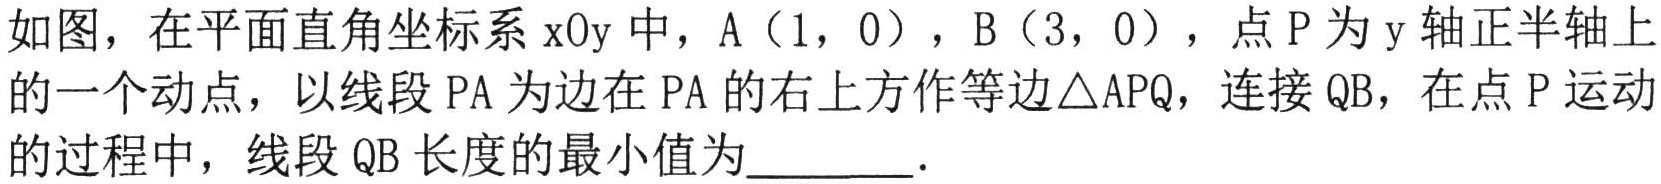
如图，在平面直角坐标系\(xOy\)中，\(A(1,0)\)，\(B(3,0)\)，点\(P\)为\(y\)轴正半轴上的一个动点，以线段\(PA\)为边在\(PA\)的右上方作等边\(\triangle APQ\)，连接\(QB\)，在点\(P\)运动的过程中，线段\(QB\)长度的最小值为________．